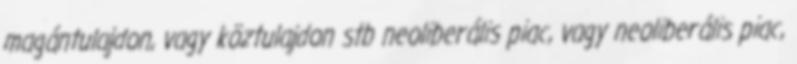
magántulajdon, vagy köztulajdon stb neoliberális piac, vagy neoliberális piac,